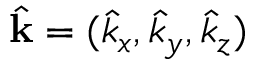
\hat { \mathbf { k } } = ( \hat { k } _ { x } , \hat { k } _ { y } , \hat { k } _ { z } )